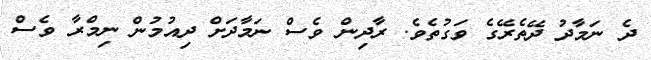
ދެ ނަމާދު ދޭތެރޭގެ ވަގުތެވެ. ރާދިން ވެސް ނަމާދަށް ދިއުމުން ނިމްރާ ވެސް